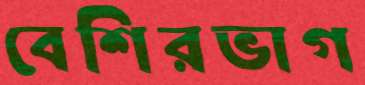
বেশিরভাগ